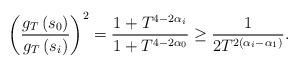
LaTeX: \begin{align*}\left(\frac{g_{T}\left(s_{0}\right)}{g_{T}\left(s_{i}\right)}\right)^{2}=\frac{1+T^{4-2\alpha_{i}}}{1+T^{4-2\alpha_{0}}}\geq\frac{1}{2T^{2\left(\alpha_{i}-\alpha_{1}\right)}}.\end{align*}